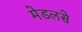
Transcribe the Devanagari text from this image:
मेडलसे